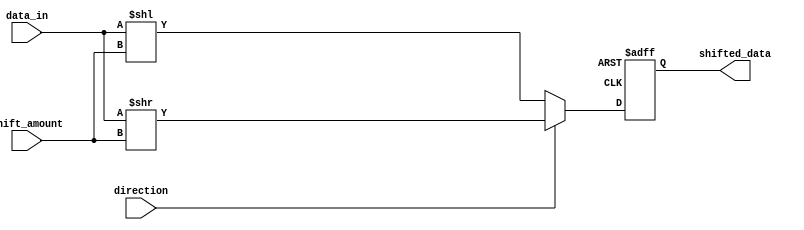
module barrel_shifter (
    input [7:0] data_in,
    input [2:0] shift_amount,
    input direction,
    output reg [7:0] shifted_data
);

always @ (posedge clk or negedge rst) begin
    if (!rst) begin
        shifted_data <= 8'b0;
    end else begin
        if (direction) begin // Right shift
            shifted_data <= data_in >> shift_amount;
        end else begin // Left shift
            shifted_data <= data_in << shift_amount;
        end
    end
end

endmodule